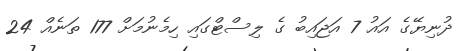
ދުނިޔޭގެ އައު 7 އަޖައިބު ގެ ލިސްޓްގައި ހިމެނުމަށް 177 ތަނެއް 24